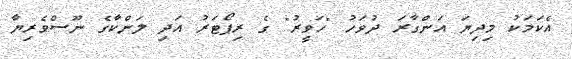
އެކަމަކު މިދިޔަ އަންގާރަ ދުވަހު "ހަވީރު" ގެ ރިޕޯޓަރު އަދި ލަންކާގެ ނޫސްވެރިޔާ